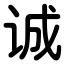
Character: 诚